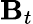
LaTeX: \mathbf{B}_{t}